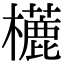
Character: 𣞓